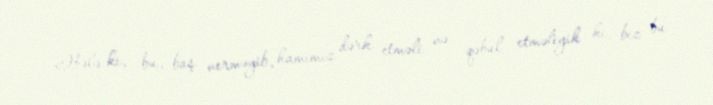
Hələ ki, bu, baş verməyib, hamımız dərk etməli və qəbul etməliyik ki, biz bu